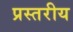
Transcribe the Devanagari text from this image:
प्रस्तरीय